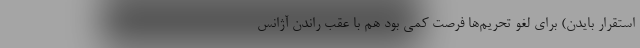
استقرار بایدن) برای لغو تحریم‌ها فرصت کمی بود هم با عقب راندن آژانس